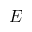
E